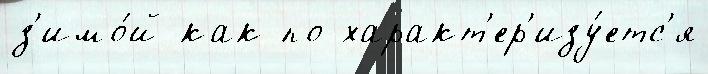
з'имо́й как по характ'ер'изу́етс'я